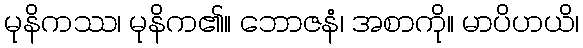
မုနိကဿ၊ မုနိက၏။ ဘောဇနံ၊ အစာကို။ မာပိဟယိ၊